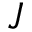
J